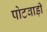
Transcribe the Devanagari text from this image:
पोटवाड़ी